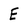
Character: E